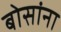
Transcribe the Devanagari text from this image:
बोसांना